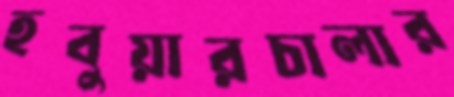
হবুয়ারচালার